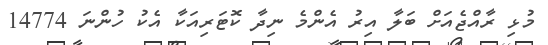
މުޅި ރާއްޖެއަށް ބަލާ އިރު އެންމެ ނިދާ ކޮޓަރިއަކާ އެކު ހުންނަ 14774